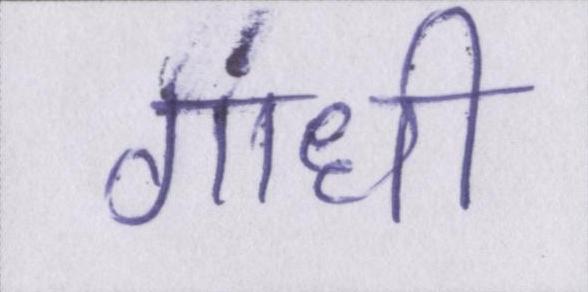
गांधी